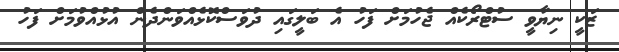
ޒަކީ ނިޔާވީ ސުޓްރޯކެއް ޖެހުމަށް ފަހު އެ ބަލީގައި ދުވަސްކޮޅެއްވަންދެން އުޅުއްވުމަށް ފަހު